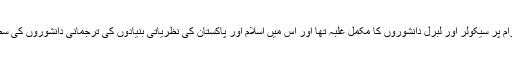
اس تناظر میں دیکھا جائے تو پروگرام پر سیکولر اور لبرل دانشوروں کا مکمل غلبہ تھا اور اس میں اسلام اور پاکستان کی نظریاتی بنیادوں کی ترجمانی دانشوروں کی سطح پر سرے سے موجود ہی نہ تھی۔